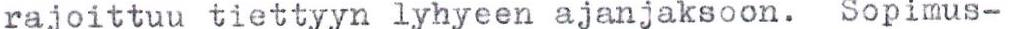
rajoittuu tiettyyn lyhyeen ajanjaksoon. Sopimus-